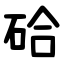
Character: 硆